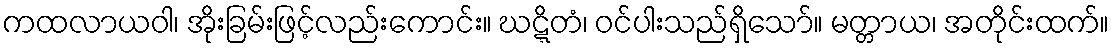
ကထလာယဝါ၊ အိုးခြမ်းဖြင့်လည်းကောင်း။ ဃဋ္ဋိတံ၊ ဝင်ပါးသည်ရှိသော်။ မတ္တာယ၊ အတိုင်းထက်။